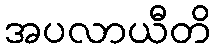
အပလာယီတိ